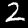
Digit: 2